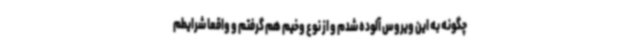
چگونه به این ویروس آلوده شدم و از نوع وخیم هم گرفتم و واقعا شرایطم